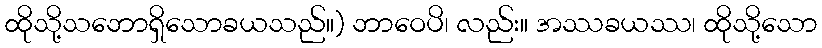
ထိုသို့သဘောရှိသောခယသည်။) ဘာဝေပိ၊ လည်း။ အဿခယဿ၊ ထိုသို့သော